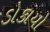
ડોકાયો